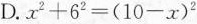
D.$$x ^ { 2 } + 6 ^ { 2 } = ( 1 0 - x ) ^ { 2 }$$